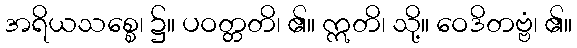
အရိယသစ္စေ၊ ၌။ ပဝတ္တတိ၊ ၏။ ဣတိ၊ သို့။ ဝေဒိတဗ္ဗံ၊ ၏။